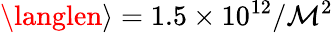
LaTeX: \langlen\rangle=1.5\times10^{12}/\mathcal{M}^{2}